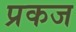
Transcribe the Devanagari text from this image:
प्रकज